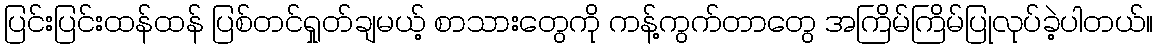
ပြင်းပြင်းထန်ထန် ပြစ်တင်ရှုတ်ချမယ့် စာသားတွေကို ကန့်ကွက်တာတွေ အကြိမ်ကြိမ်ပြုလုပ်ခဲ့ပါတယ်။